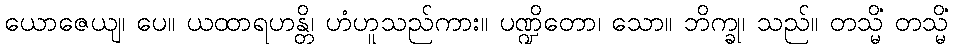
ယောဇေယျ၊ ပေ။ ယထာရဟန္တိ၊ ဟံဟူသည်ကား။ ပဏ္ဍိတော၊ သော။ ဘိက္ခု၊ သည်။ တသ္မိံ တသ္မိံ